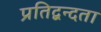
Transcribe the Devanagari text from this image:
प्रतिद्वन्दता